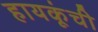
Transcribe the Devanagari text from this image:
हायकूंची